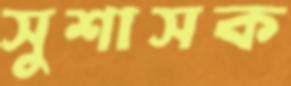
সুশাসক